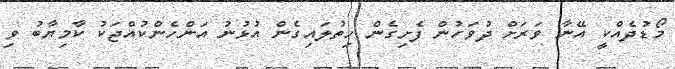
މޯޑުދެއްކީ އޭނާ ވަރަށް ދުވަހުން ފެށިގެން ހިތުލައިގެން އުޅުނު އަންހެންކުއްޖަކު ކާމިޔާބު ވި